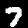
Label: 7